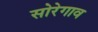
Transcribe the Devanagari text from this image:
सोरेगाव